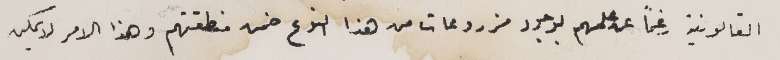
القانونية رغماً عن علمهم بوجود مزروعات من هذا النوع ضمن منطقتهم وهذا الامر لا يمكن